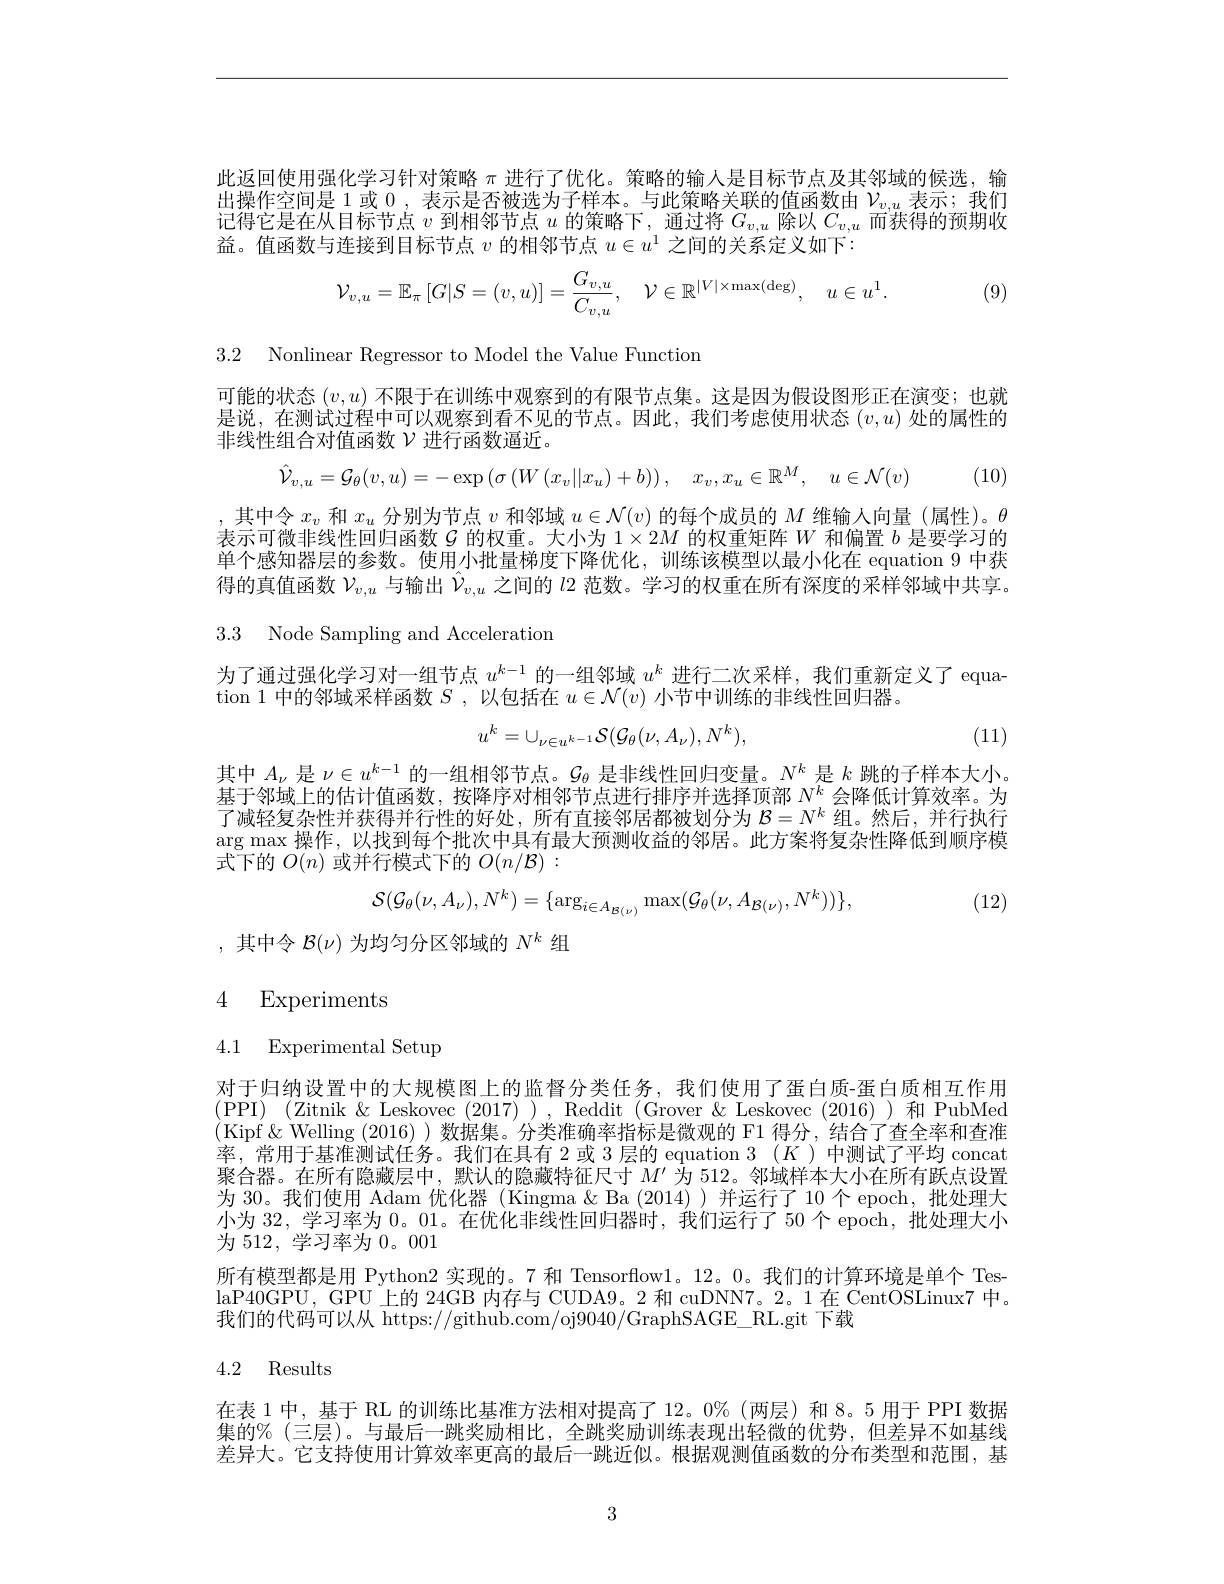
此返回使用强化学习针对策略$\pi$进行了优化。策略的输入是目标节点及其邻域的候选，输出操作空间是 1 或0 , 表示是否被选为子样本。与此策略关联的值函数由$\nu_v,u$表示；我们记得它是在从目标节点$v$到相邻节点$u$的策略下，通过将$G_v,u$除以$C_v,u$而获得的预期收益。值函数与连接到目标节点$v$的相邻节点$u\in u^1$之间的关系定义如下：
$$\mathcal{V}_{v,u}=\mathbb{E}_{\pi}\left[G|S=(v,u)\right]=\frac{G_{v,u}}{C_{v,u}},\quad\mathcal{V}\in\mathbb{R}^{|V|\times\max(\deg)},\quad u\in u^1.$$
(9)

3.2 Nonlinear Regressor to Model the Value Function

可能的状态$(v,u)$不限于在训练中观察到的有限节点集。这是因为假设图形正在演变；也就是说，在测试过程中可以观察到看不见的节点。因此，我们考虑使用状态$(v,u)$处的属性的非线性组合对值函数$\nu$进行函数逼近。
$$\hat{\mathcal{V}}_{v,u}=\mathcal{G}_{\theta}(v,u)=-\exp\left(\sigma\left(W\left(x_{v}||x_{u}\right)+b\right)\right),\quad x_{v},x_{u}\in\mathbb{R}^{M},\quad u\in\mathcal{N}(v)$$
,其中令$x_v$和$x_u$分别为节点$v$和邻域$u\in\mathcal{N}(v)$的每个成员的$M$维输人向量 (属性)。$\theta$ 表示可微非线性回归函数$g$的权重。大小为$1\times2M$的权重矩阵$W$和偏置$b$是要学习的单个感知器层的参数。使用小批量梯度下降优化，训练该模型以最小化在 equation 9 中获得的真值函数$\mathcal{V}_{v,u}$与输出$\hat{\mathcal{V}}_{v,u}$之间的$l$ 2 范数。学习的权重在所有深度的采样邻域中共享。3.3 Node Sampling and Acceleration

为了通过强化学习对一组节点$u^k-1$的一组邻域$u^k$进行二次采样，我们重新定义了 equa-
tion 1 中的邻域采样函数$S$ ,以包括在$u\in\mathcal{N}(v)$小节中训练的非线性回归器。
$$u^{k}=\cup_{\nu\in u^{k-1}}\mathcal{S}(\mathcal{G}_{\theta}(\nu,A_{\nu}),N^{k}),$$
(11)

其中$A_\nu$是$\nu\in u^k-1$的一组相邻节点。$\mathcal{G}_\theta$是非线性回归变量。$N^k$是$k$跳的子样本大小。基于邻域上的估计值函数，按降序对相邻节点进行排序并选择顶部$N^k$会降低计算效率。为了减轻复杂性并获得并行性的好处，所有直接邻居都被划分为$\mathcal{B}=N^k$组。然后，并行执行$\arg\max$操作，以找到每个批次中具有最大预测收益的邻居。此方案将复杂性降低到顺序模式下的$O(n)$或并行模式下的$O(n/\mathcal{B}):$
$$\mathcal{S}(\mathcal{G}_{\theta}(\nu,A_{\nu}),N^{k})=\{\arg_{i\in A_{\mathcal{B}(\nu)}}\max(\mathcal{G}_{\theta}(\nu,A_{\mathcal{B}(\nu)},N^{k}))\},$$
, (12)

,其中令$\mathcal{B}(\nu)$为均匀分区邻域的$N^k$组

4 Experiments

4.1 Experimental Setup

对于归纳设置中的大规模图上的监督分类任务，我们使用了蛋白质-蛋白质相互作用(PPI)(Zitnik$\&$Leskovec(2017)),Reddit(Grover$\&$Leskovec(2016))和PubMed (Kipf &Welling (2016))数据集。分类准确率指标是微观的 F1 得分，结合了查全率和查准率，常用于基准测试任务。我们在具有 2 或 3 层的 equation 3 (K)中测试了平均 concat 聚合器。在所有隐藏层中，默认的隐藏特征尺寸$M^{\prime}\bar{\text{为 512。邻域样本大小在所有跃点设置}}$ 为 30。我们使用 Adam 优化器 (Kingma & Ba (2014))并运行了 10 个 epoch, 批处理大小为 32, 学习率为0。01。在优化非线性回归器时，我们运行了 50 个 epoch, 批处理大小为 512, 学习率为 0。001
所有模型都是用 Python2 实现的。7 和 Tensorflow1。12。0。我们的计算环境是单个 TeslaP40GPU, GPU 上的 24GB 内存与 CUDA9。2 和 cuDNN7。2。1 在 CentOSLinux7 中。我们的代码可以从 https://github.com/oj9040/GraphSAGE\_RL.git 下载

## 4.2 Results

在表 1 中，基于 RL 的训练比基准方法相对提高了 12。0%(两层) 和 8。5 用于 PPI 数据集的$\%$(三层)。与最后一跳奖励相比，全跳奖励训练表现出轻微的优势，但差异不如基线差异大。它支持使用计算效率更高的最后一跳近似。根据观测值函数的分布类型和范围，基

3